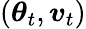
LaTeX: \left(\boldsymbol{\theta}_{t},\boldsymbol{v}_{t}\right)